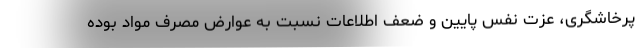
پرخاشگری، عزت نفس پایین و ضعف اطلاعات نسبت به عوارض مصرف مواد بوده